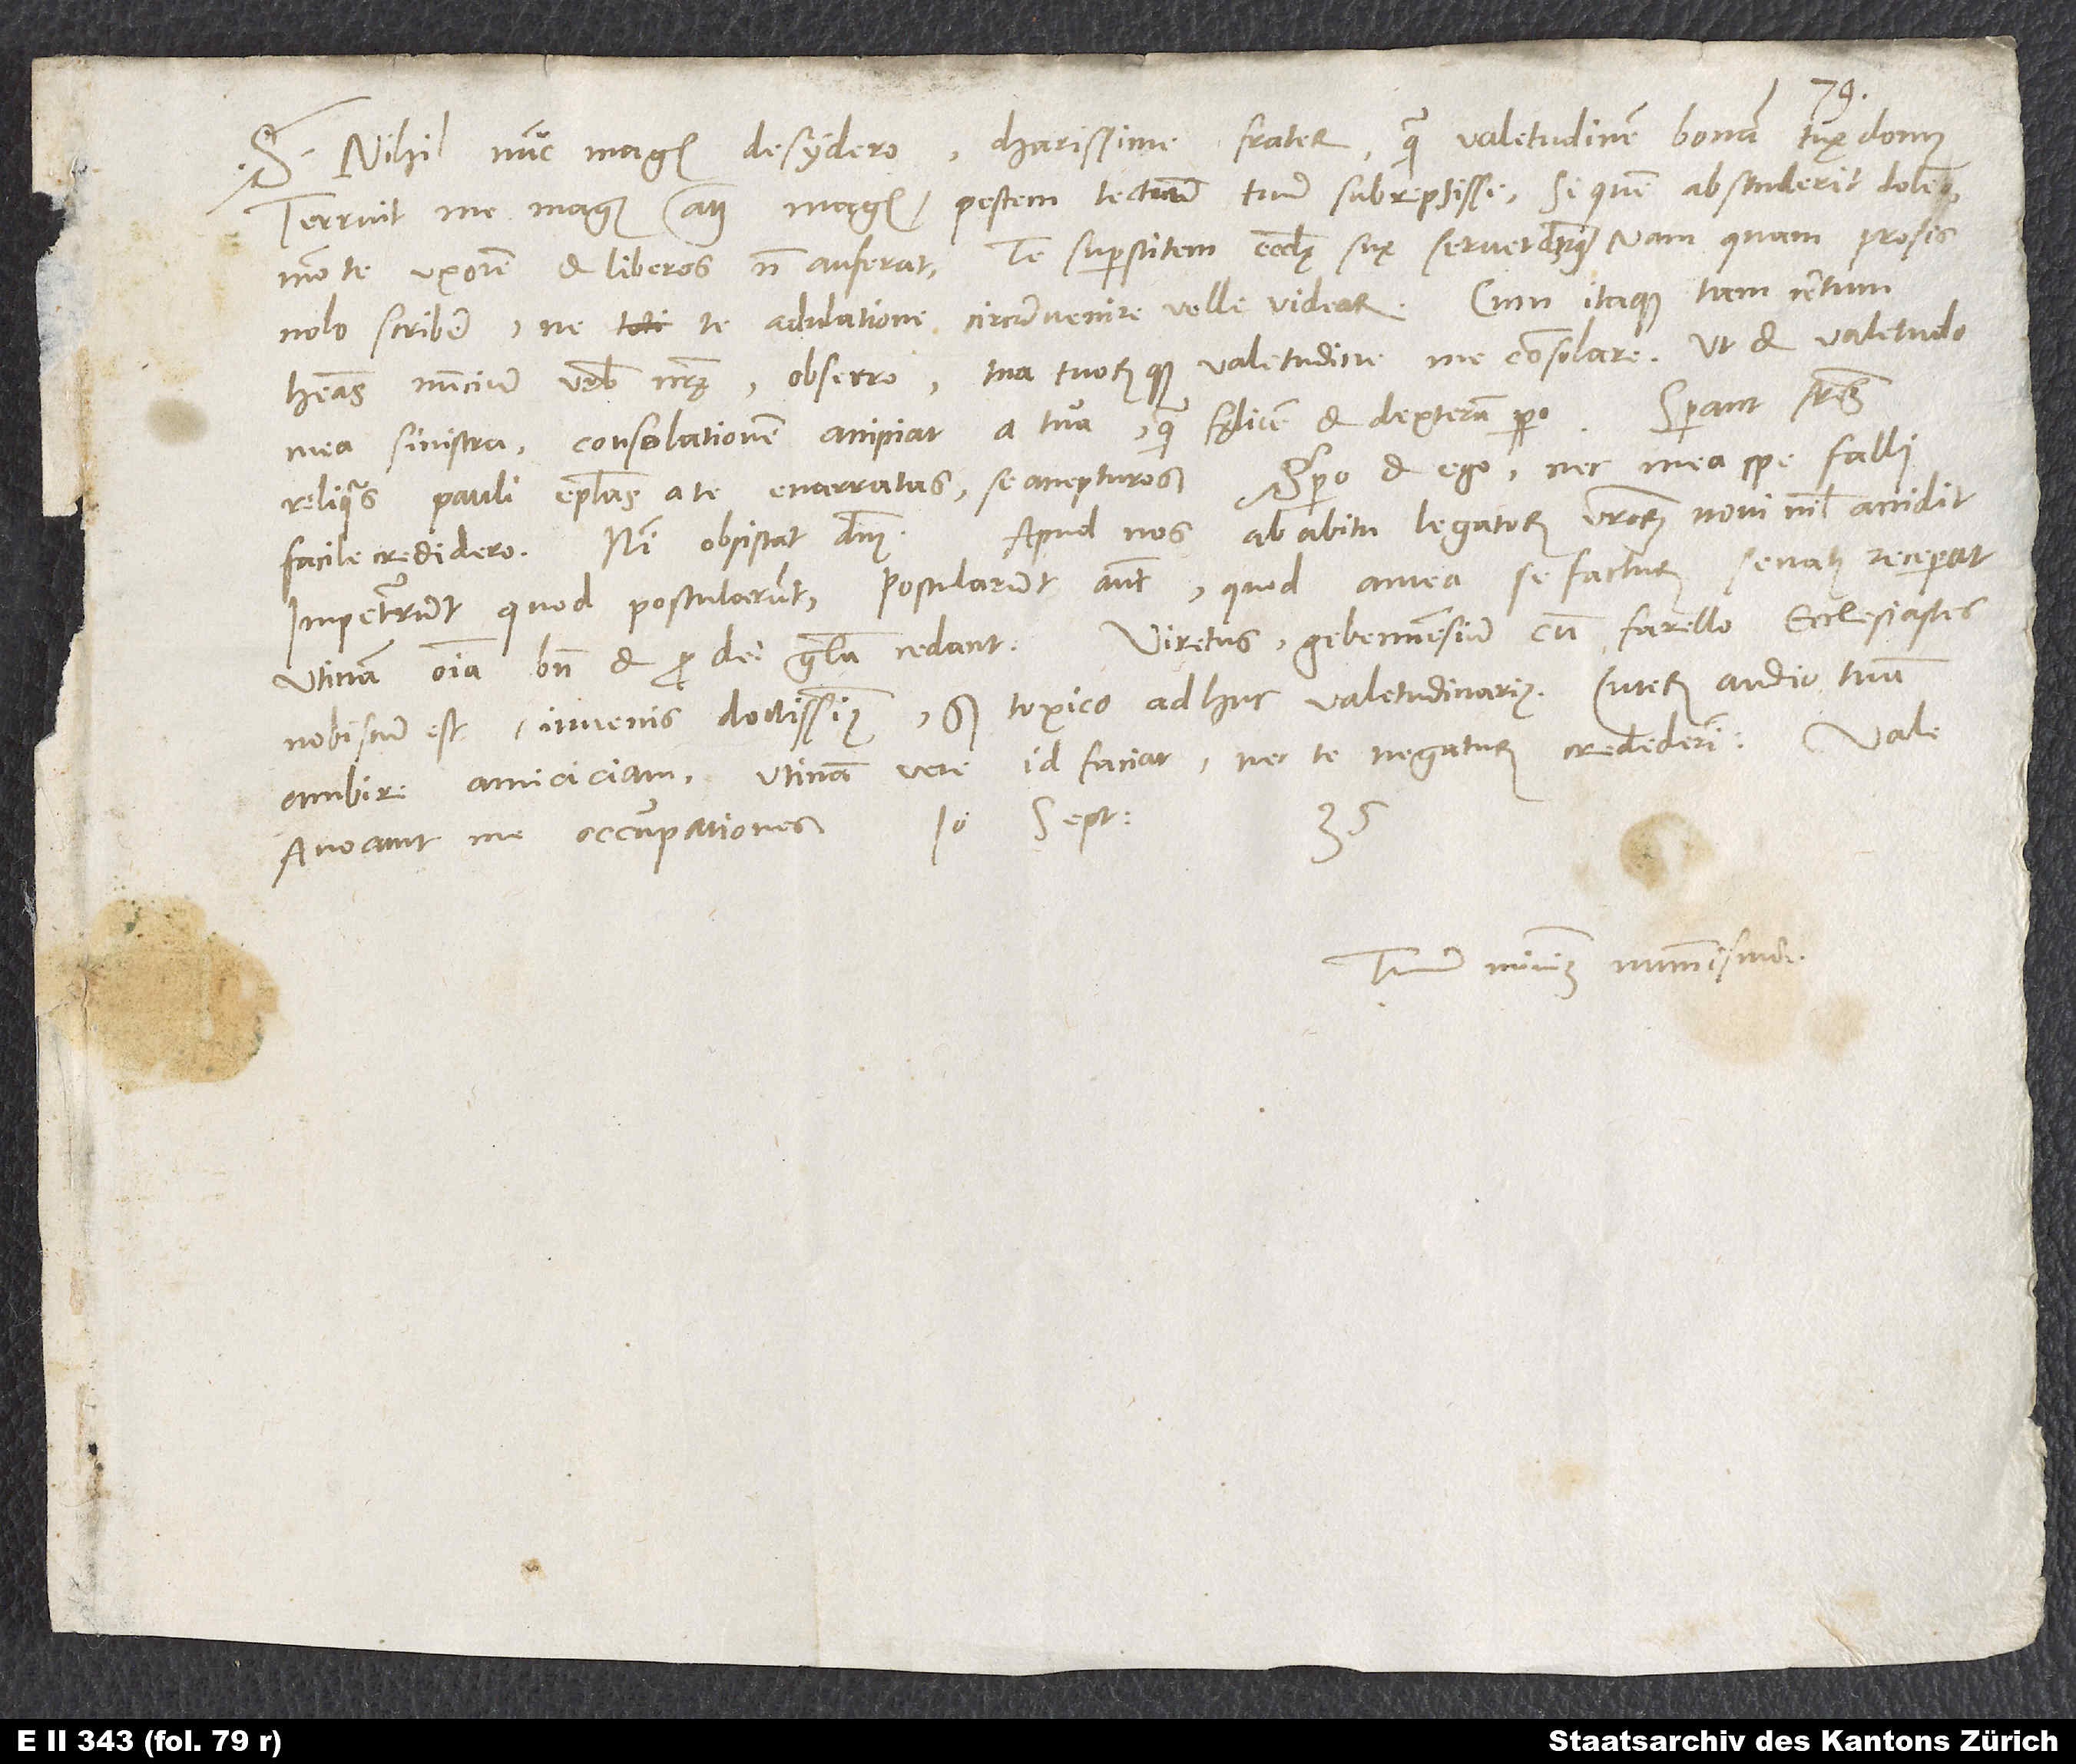
charissime frater, quam valetudinem bonam tuae domus.
S. Nihil nunc magis desydero,
Terruit me magis atque magis pestem tectum tuum subrepsisse. Si quem abstulerit, doleo,
modo te, uxorem et liberos non auferat. Te superstitem ecclesiae suae servet dominus; nam quam prosis,
nolo scribere, ne te adulatione circumvenire velle videar. Cum itaque tam certum
habeas nuncium urbis nostrae, obsecro tua tuorumque valetudine me consolare, ut et valetudo
Sperant fratres
mea sinistra consolationem accipiat a tua, quam fęlicem et dexteram spero.
reliquas Pauli epistolas a te enarratas se accepturos, spero et ego nec mea spe falli
Apud nos ab abitu legatorum vestrorum novi nihil accidit.
facile credidero, nisi obsistat dominus.
Impetrarunt, quod postularunt, postularunt autem, quod antea se facturum senatus receperat.
Viretus, Gebennensium cum Farello ecclesiastes,
Utinam omnia bene et pro dei gloria cedant!
nobiscum est, iuvenis doctissimus, sed toxico adhuc valetudinarius.
ambire amiciciam. Utinam vere id faciat! Nec te negaturum crediderim.
35.
Tuum minimum nummisma.